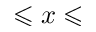
\leqslant x \leqslant